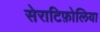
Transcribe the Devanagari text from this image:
सेराटिफ़ोलिया